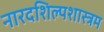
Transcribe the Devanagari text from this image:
नारदशिल्पशास्त्रम